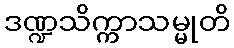
ဒဏ္ဍသိက္ကာသမ္မုတိ